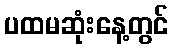
ပထမဆုံးနေ့တွင်